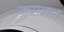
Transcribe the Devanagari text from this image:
कमवत